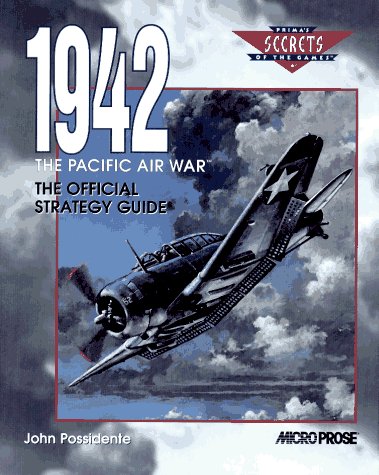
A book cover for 1942 The Pacific Air War: The Official Strategy Guide (Secrets of the Games,); John Possidente; Science Fiction & Fantasy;